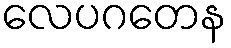
လေပဂတေန